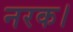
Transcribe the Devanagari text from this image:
नरक।